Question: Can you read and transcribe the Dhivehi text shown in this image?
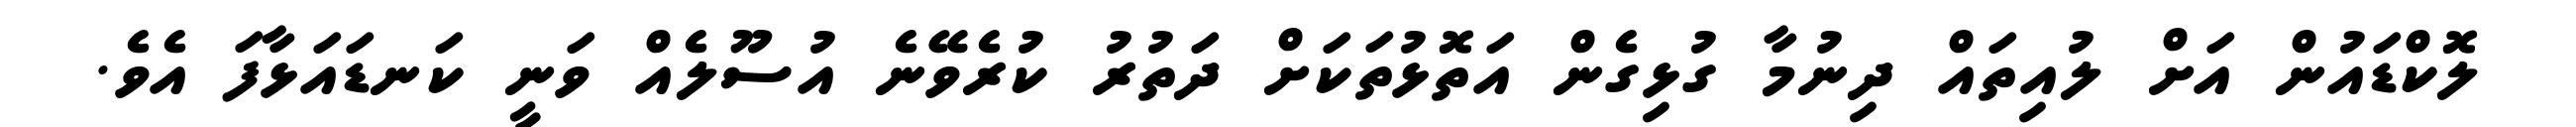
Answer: ލޮކްޑައުން އަށް ލުއިތައް ދިނުމާ ގުޅިގެން އަތޮޅުތަކަށް ދަތުރު ކުރެވޭނެ އުސޫލެއް ވަނީ ކަނޑައަޅާފަ އެވެ.